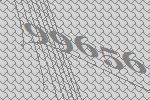
99656